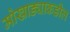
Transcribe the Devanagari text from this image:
मोखाड्याकडील